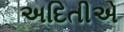
અદિતીએ